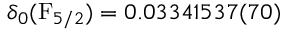
\delta _ { 0 } ( \mathrm { F } _ { 5 / 2 } ) = 0 . 0 3 3 4 1 5 3 7 ( 7 0 )